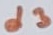
Text: d3